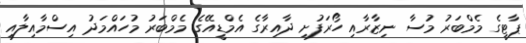
ޕާޓީގެ މެމްބަރު މުސާ ނިޒާރާއި ހޯރަފުށި ދާއިރާގެ އެމްޑީއޭގެ މެމްބަރު މުހައްމަދު އިސްމާއިލާއި